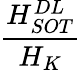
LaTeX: \frac{H_{SOT}^{DL}}{H_{K}}